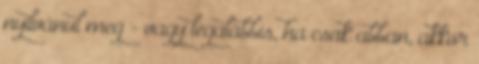
nyilvánul meg - vagy legalábbis, ha csak abban, akkor